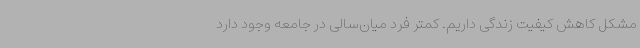
مشکل کاهش کیفیت زندگی داریم. کمتر فرد میان‌سالی در جامعه وجود دارد